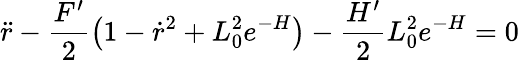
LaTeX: \ddot{r}-\frac{F^{\prime}}{2}\left(1-\dot{r}^{2}+L_{0}^{2}e^{-H}\right)-\frac{H^{\prime}}{2}L_{0}^{2}e^{-H}=0